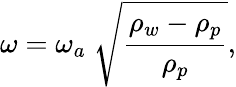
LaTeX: \omega=\omega_{a}\; \sqrt{\frac{\rho_{w}-\rho_{p}}{\rho_{p}}},